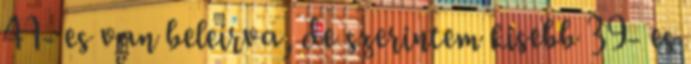
41- es van beleírva, de szerintem kisebb 39- es